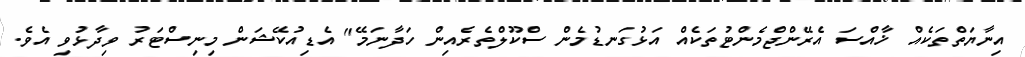
އިނާޔަތްތަކެއް ޚާއްސަ އެރޭންޖްމެންޓުތަކެއް އަޅުގަނޑުމެން ސްކޫލްތެރެއިން ހަދާނަމޭ" އެޑިއުކޭޝަން މިނިސްޓަރު ވިދާޅުވި އެވެ.